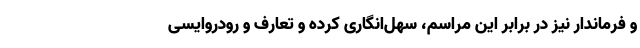
و فرماندار نیز در برابر این مراسم، سهل‌انگاری کرده و تعارف و رودروایسی